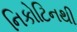
નિકોટિનથી